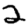
Digit: 2